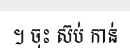
។ ចុះ ស៊ប់ កាន់